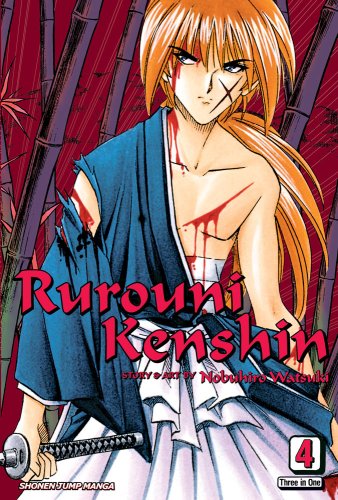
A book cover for Rurouni Kenshin, Vol. 4, Vizbig  Edition; Nobuhiro Watsuki; Comics & Graphic Novels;